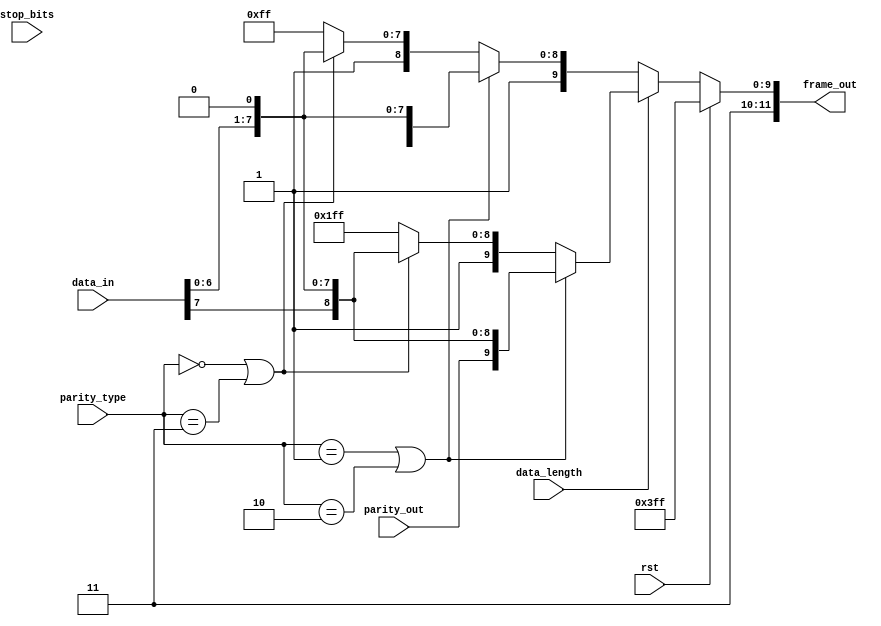
module frame_gen(rst, data_in, parity_type, parity_out, stop_bits, data_length, frame_out);
  input  rst, parity_out, data_length, stop_bits;
  input [7:0]data_in;
  input [1:0]parity_type;
  output reg [11:0]frame_out;

always@(*) begin
frame_out = 12'b111111111111;
if(rst)
    frame_out = 12'b111111111111;
else begin
    if(data_length) //data_length==1 [8 bit data] 
    begin
        if(parity_type==2'b01 || parity_type==2'b10)  //there is parity_out
        begin
            if(stop_bits)//stop_bits==1 , we have 2 stop signals [2'b11]
                frame_out ={2'b11,parity_out,data_in[7:0],1'b0};  // 12

            else if(!stop_bits) //stop_bits==0 , we have 1 stop signals [1'b1]
                frame_out ={1'b1,1'b1,parity_out,data_in[7:0],1'b0}; //11
        end

        else if (parity_type==2'b00 || parity_type==2'b11) //there is no parity_out here
        begin
            if(stop_bits)//stop_bits==1 , we have 2 stop signals [2'b11]
                frame_out ={1'b1,2'b11,data_in[7:0],1'b0}; //11

            else if(!stop_bits)//stop_bits==0 , we have 1 stop signals [1'b1]
                frame_out ={2'b11,1'b1,data_in[7:0],1'b0}; //10
        end
    end

    else if(!data_length)//data_length==0 [7 bit data]
    begin
        if(parity_type==2'b01 || parity_type==2'b10) //there is parity_out
        begin
            if(stop_bits)//stop_bits==1 , we have 2 stop signals [2'b11]
                frame_out ={1'b1,2'b11,parity_out,data_in[6:0],1'b0}; //11

            else if(!stop_bits)//stop_bits==0 , we have 1 stop signals [1'b1]
                frame_out ={2'b11,1'b1,parity_out,data_in[6:0],1'b0}; //10
        end
        
        else if (parity_type==2'b00 || parity_type==2'b11) //there is no parity_out here
        begin
            if(stop_bits)//stop_bits==1 , we have 2 stop signals [2'b11]
                frame_out ={2'b11,2'b11,data_in[6:0],1'b0}; //10

            else if(!stop_bits)//stop_bits==0 , we have 1 stop signals [1'b1]
                frame_out ={3'b111,1'b1,data_in[6:0],1'b0}; //9
        end
    end
end
end
endmodule